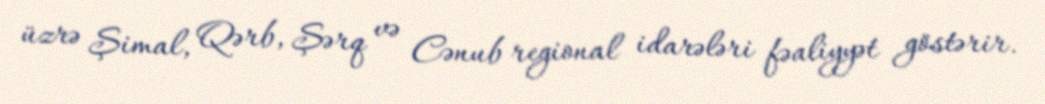
üzrə Şimal, Qərb, Şərq və Cənub regional idarələri fəaliyyət göstərir.